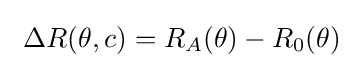
\ \Delta R(\theta ,c)=R_{A}(\theta )-R_{0}(\theta )